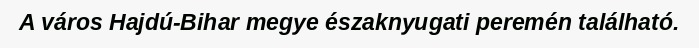
A város Hajdú-Bihar megye északnyugati peremén található.